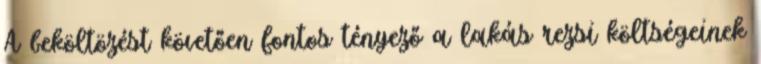
A beköltözést követően fontos tényező a lakás rezsi költségeinek